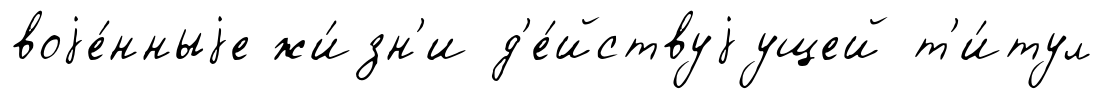
воjе́нныjе жи́зн'и д'е́йствуjущей т'и́тул